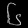
Digit: ၆